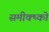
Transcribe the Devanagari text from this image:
समीक्ष्को